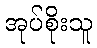
အုပ်စိုးသူ